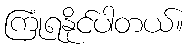
ကြုံရနိုင်ပါတယ်။